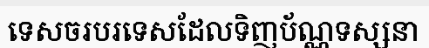
ទេសចរបរទេសដែលទិញប័ណ្ណទស្សនា